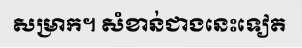
សម្រាក។ សំខាន់ជាងនេះទៀត